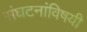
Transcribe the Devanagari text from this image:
संघटनांविषयी